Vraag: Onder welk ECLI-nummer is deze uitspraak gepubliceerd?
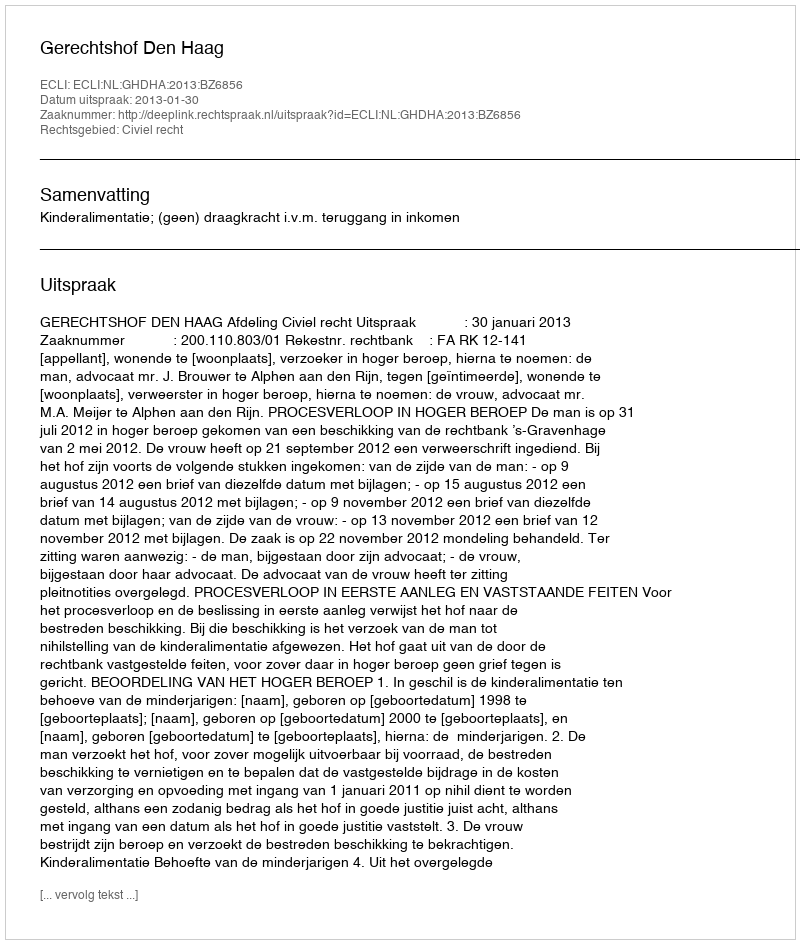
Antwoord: ECLI:NL:GHDHA:2013:BZ6856